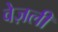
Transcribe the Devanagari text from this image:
वेज़ली